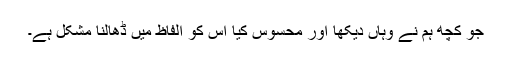
جو کچھ ہم نے وہاں دیکھا اور محسوس کیا اس کو الفاظ میں ڈھالنا مشکل ہے۔